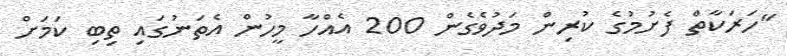
"ހަރަކާތް ފެށުމުގެ ކުރިން މަދުވެގެން 200 އެއްހާ މީހުން އެތަނުގައި ތިބި ކަމަށް